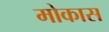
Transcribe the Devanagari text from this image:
मोकास